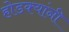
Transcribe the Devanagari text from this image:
होडक्यांनी